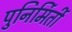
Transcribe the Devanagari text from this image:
पुनिर्मिर्ती